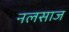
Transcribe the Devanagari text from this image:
नलसाज